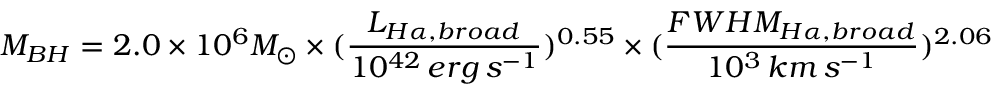
M _ { B H } = 2 . 0 \times 1 0 ^ { 6 } M _ { \odot } \times ( \frac { L _ { H \alpha , b r o a d } } { 1 0 ^ { 4 2 } \, e r g \, s ^ { - 1 } } ) ^ { 0 . 5 5 } \times ( \frac { F W H M _ { H \alpha , b r o a d } } { 1 0 ^ { 3 } \, k m \, s ^ { - 1 } } ) ^ { 2 . 0 6 }